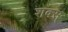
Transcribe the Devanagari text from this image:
शक्स्